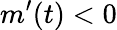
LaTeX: m^{\prime}(t)<0